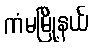
ကံမမြို့နယ်